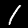
Label: 1